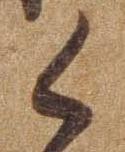
く